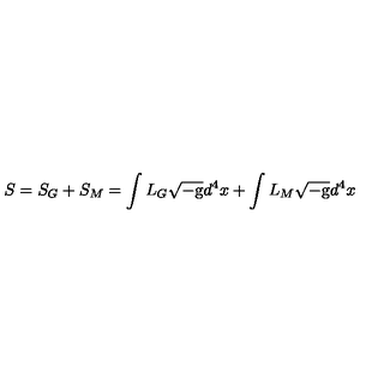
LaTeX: S = S _ { G } + S _ { M } = \int L _ { G } \sqrt { - \mathrm { g } } d ^ { 4 } x + \int L _ { M } \sqrt { - \mathrm { g } } d ^ { 4 } x \